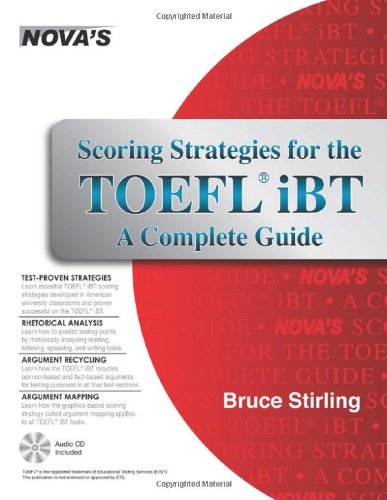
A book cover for Scoring Strategies for the TOEFL iBT A Complete Guide (Scoring Strategies for the TOEFL Ibt (W/CD)); Bruce Stirling; Test Preparation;